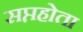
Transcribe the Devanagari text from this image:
सप्तहोता